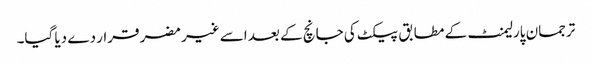
ترجمان پارلیمنٹ کے مطابق پیکٹ کی جانچ کے بعد اسے غیر مضر قرار دے دیا گیا۔